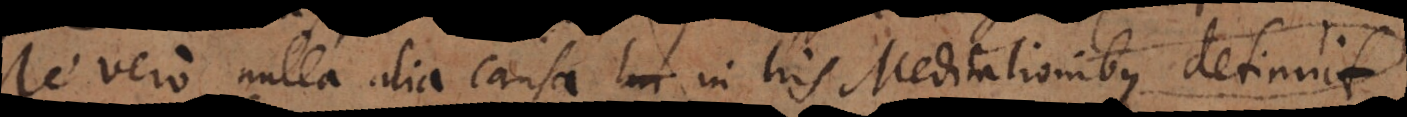
Me vero nulla alia causa in his Meditationibus detinuit